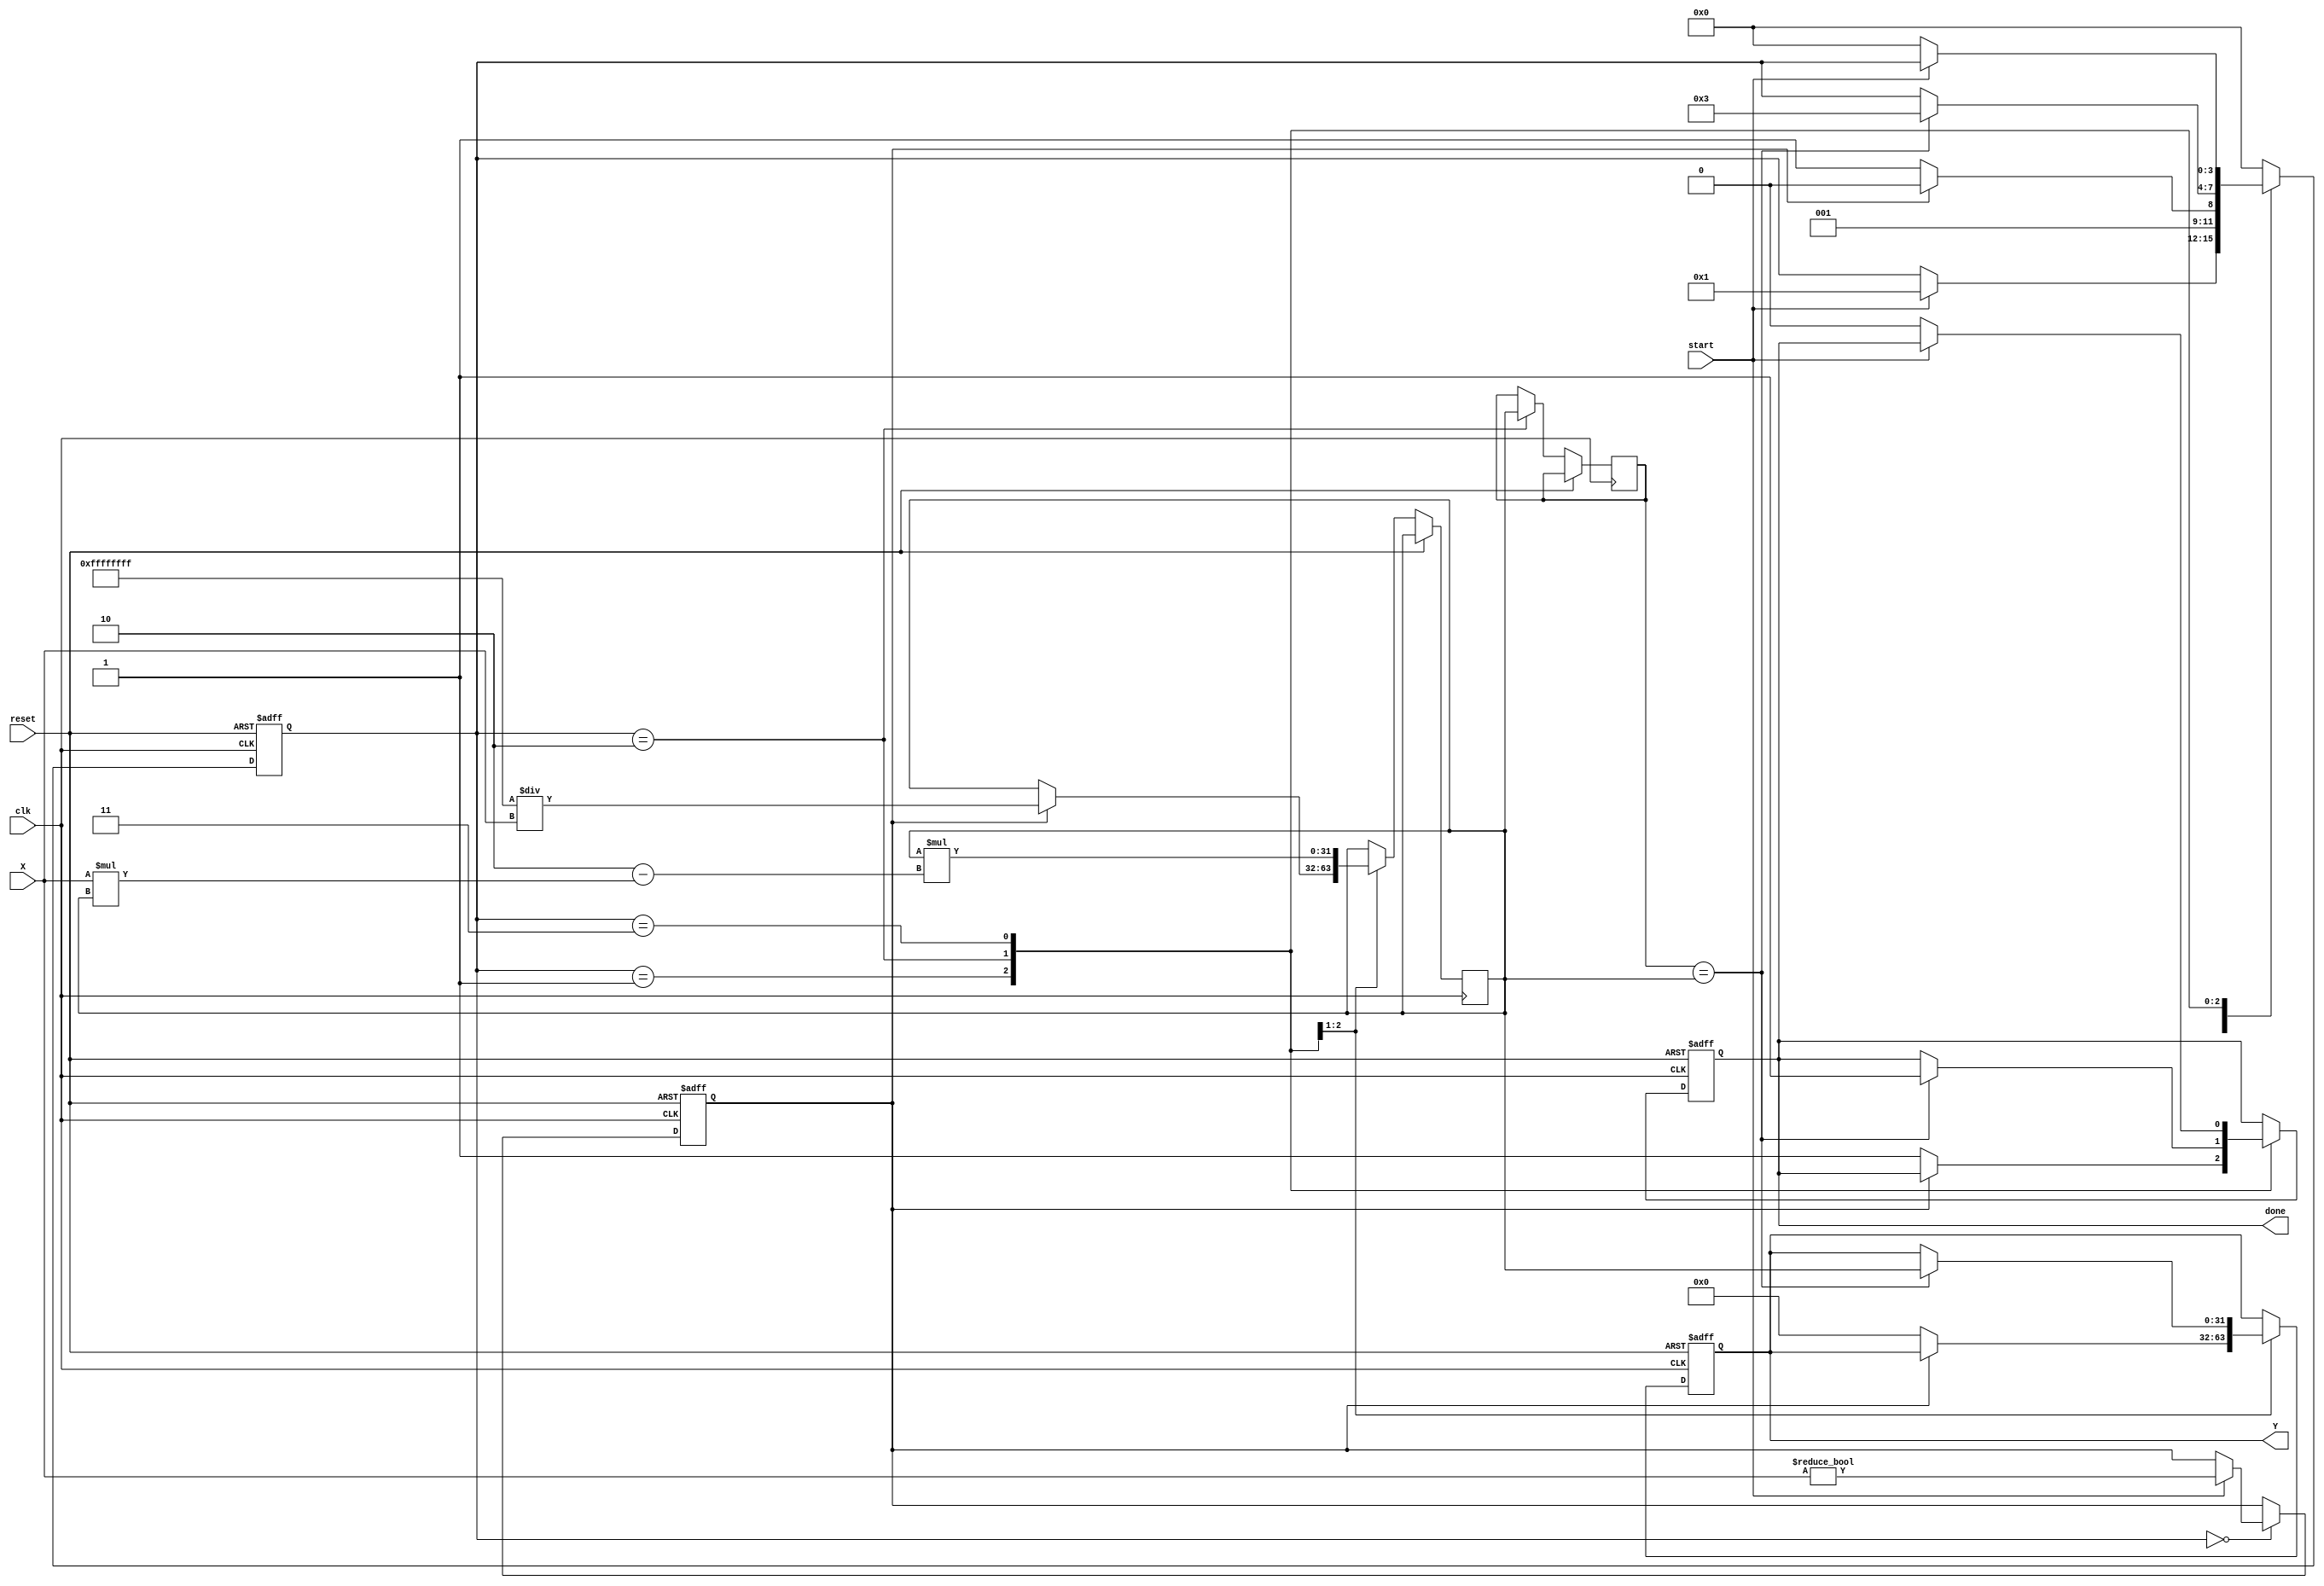
module DirectReciprocalUnit (
    input wire clk,
    input wire reset,
    input wire start,
    input wire [31:0] X, // Input value (fixed-point representation)
    output reg [31:0] Y, // Reciprocal output
    output reg done // Indicates when the computation is complete
);

    reg [31:0] reciprocal; // Intermediate reciprocal value
    reg [3:0] state; // State machine for control
    reg [31:0] temp; // Temporary variable for calculations
    reg valid; // Flag to indicate valid input

    // State definitions
    localparam IDLE = 4'b0000,
               CHECK = 4'b0001,
               CALC = 4'b0010,
               DONE = 4'b0011;

    // Special case handling
    always @(posedge clk or posedge reset) begin
        if (reset) begin
            state <= IDLE;
            Y <= 32'b0;
            done <= 1'b0;
            valid <= 1'b0;
        end else begin
            case (state)
                IDLE: begin
                    if (start) begin
                        valid <= (X != 32'b0); // Check for zero input
                        state <= CHECK;
                    end
                end

                CHECK: begin
                    if (!valid) begin
                        Y <= 32'b0; // Return zero for zero input
                        done <= 1'b1;
                        state <= DONE;
                    end else begin
                        // Start reciprocal calculation
                        reciprocal <= 32'hFFFFFFFF / X; // Initial approximation
                        state <= CALC;
                    end
                end

                CALC: begin
                    // Newton-Raphson iteration for better precision
                    temp <= reciprocal;
                    reciprocal <= reciprocal * (2 - X * reciprocal); // x_n+1 = x_n * (2 - x * x_n)
                    // Check for convergence (simple fixed-point check)
                    if (temp == reciprocal) begin
                        Y <= reciprocal;
                        done <= 1'b1;
                        state <= DONE;
                    end
                end

                DONE: begin
                    // Wait for the next start signal
                    if (!start) begin
                        state <= IDLE;
                        done <= 1'b0;
                    end
                end

                default: state <= IDLE;
            endcase
        end
    end

endmodule